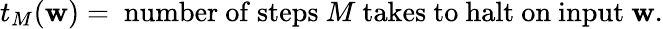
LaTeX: t_{M}(\mathbf{w})={\mathrm{{~number~of~steps~}}}M{\mathrm{{~takes~to~halt~on~input~}}}\mathbf{w}.